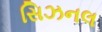
સિઝનલ